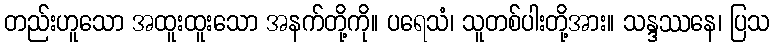
တည်းဟူသော အထူးထူးသော အနက်တို့ကို။ ပရေသံ၊ သူတစ်ပါးတို့အား။ သန္ဒဿနေ၊ ပြသ